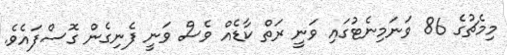
މިމެޗުގެ 86 ވަނަމިނެޓުގައި ވަނީ ރަތް ކާޑެއް ވެސް ވަނީ ފެނިގެން ގޮސްފައެވެ.